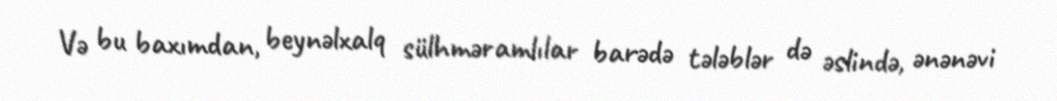
Və bu baxımdan, beynəlxalq sülhməramlılar barədə tələblər də əslində, ənənəvi